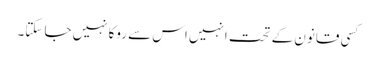
کسی قانون کے تحت انہیں اس سے روکانہیں جا سکتا۔